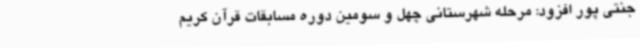
جنتی پور افزود: مرحله شهرستانی چهل و سومین دوره مسابقات قرآن کریم